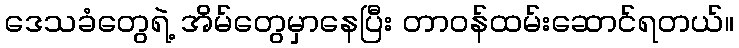
ဒေသခံတွေရဲ့ အိမ်တွေမှာနေပြီး တာဝန်ထမ်းဆောင်ရတယ်။